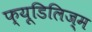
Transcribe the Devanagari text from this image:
फ्यूडिलिज्म